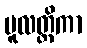
မူလတ္ထိကာ